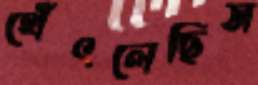
থেঁৎলেছিস